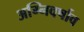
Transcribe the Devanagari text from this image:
अग्निवर्षाव